Distribution and causation of leprosy in British India
Year: 1875
Disease focus: Leprosy
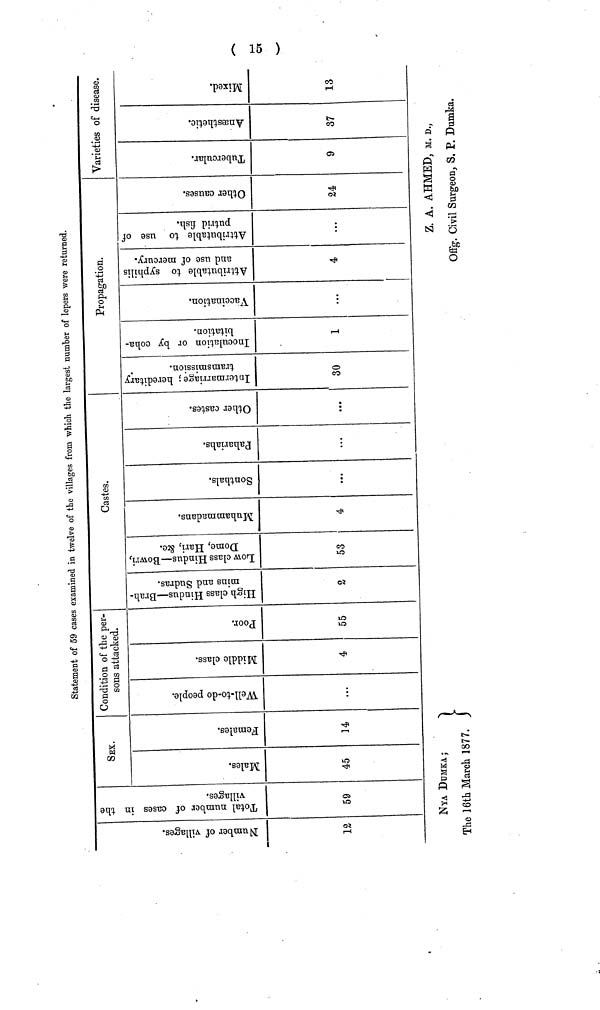
(15)
Statement of 59 cases examined in twelve of the villages from which the largest number of lepers were returned.
12
59
SEX.
45
14
Condition of the per-
sons attacked.
...
4
55
Castes.
2
53
4
...
...
...
Propagation.
30
1 ...
4
...
24
Varieties of disease.
9
37
13
NYA DUMKA;
Z. A. AHMED, M. D.,
The 16th March 1877.
Offg. Civil Surgeon, S. P. Dumka.